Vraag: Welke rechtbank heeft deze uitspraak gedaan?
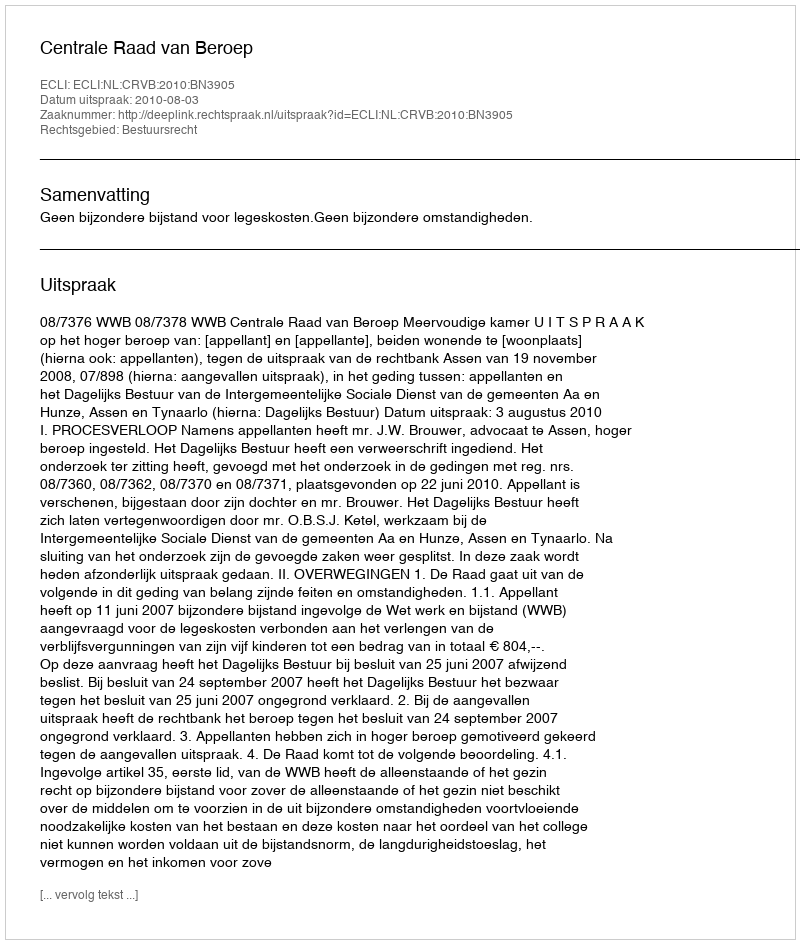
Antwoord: Centrale Raad van Beroep